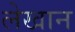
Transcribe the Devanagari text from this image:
लेखान